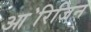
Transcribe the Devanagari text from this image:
आ॓रिजिन